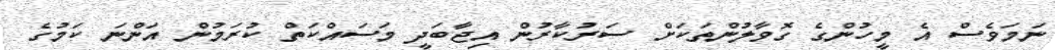
ނަމަވެސް އެ މީހުންގެ ގޮވާލުންތަކަށް ސަރުކާރުން އިޖާބަދީ މަސައްކަތް ކުރަމުން އަންނަ ކަމުގެ